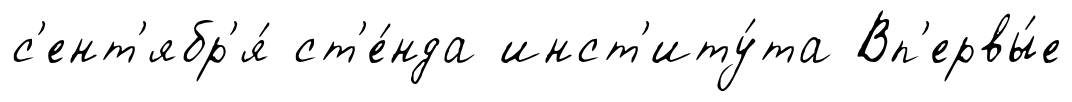
с'ент'ябр'я́ ст'е́нда инст'иту́та Вп'ервы́е